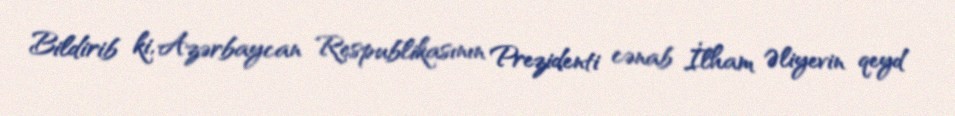
Bildirib ki, Azərbaycan Respublikasının Prezidenti cənab İlham Əliyevin qeyd